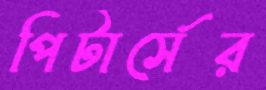
পিটার্সের